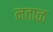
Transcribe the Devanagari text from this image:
नताळ